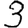
Digit: 3